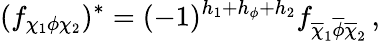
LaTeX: (f_{\chi_{1}\phi\chi_{2}})^{\ast}=(-1)^{h_{1}+h_{\phi}+h_{2}}f_{\overline{{\chi}}_{1}\overline{{\phi}}\overline{{\chi}}_{2}}\, ,